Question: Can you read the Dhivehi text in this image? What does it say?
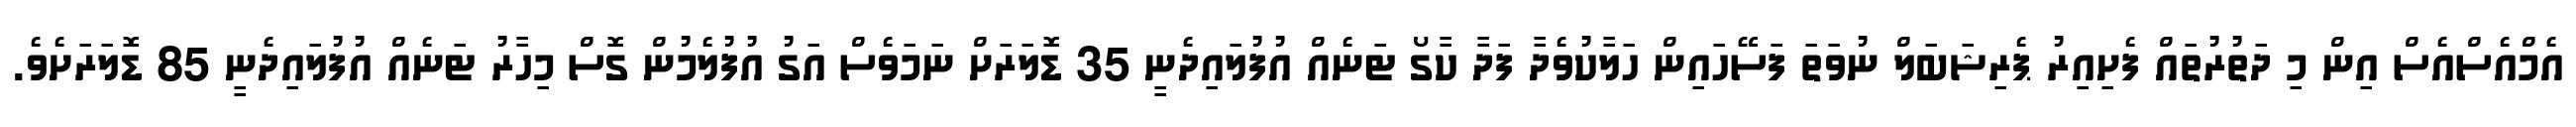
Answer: އެމްއެސްއެސް އިން މި ދަތުރުތައް ފެށިއިރު ޕެރިޝަބަލް ނުވަތަ ފަސޭހައިން ހަލާކުވެދާ ފަދާ ކާގޯ ޓަނެއް އުފުލައިދެނީ 35 ޑޮލަރަށް ނަމަވެސް އަގު އުފުލެމުން ގޮސް މިހާރު ޓަނެއް އުފުލައިދެނީ 85 ޑޮލަރަށެވެ.